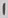
Text: 1